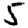
Digit: 5